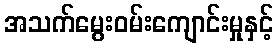
အသက်မွေးဝမ်းကျောင်းမှုနှင့်